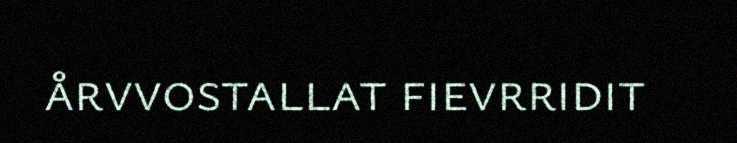
årvvostallat fievrridit